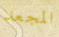
المجعد